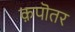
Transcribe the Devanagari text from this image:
क़पॊतर